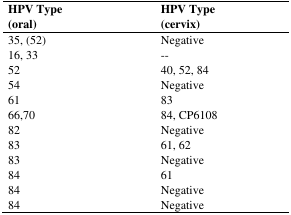
<table><thead><tr><td><b>HPV Type (oral)</b></td><td><b>HPV Type (cervix)</b></td></tr></thead><tbody><tr><td>35, (52)</td><td>Negative</td></tr><tr><td>16, 33</td><td>--</td></tr><tr><td>52</td><td>40, 52, 84</td></tr><tr><td>54</td><td>Negative</td></tr><tr><td>61</td><td>83</td></tr><tr><td>66,70</td><td>84, CP6108</td></tr><tr><td>82</td><td>Negative</td></tr><tr><td>83</td><td>61, 62</td></tr><tr><td>83</td><td>Negative</td></tr><tr><td>84</td><td>61</td></tr><tr><td>84</td><td>Negative</td></tr><tr><td>84</td><td>Negative</td></tr></tbody></table>